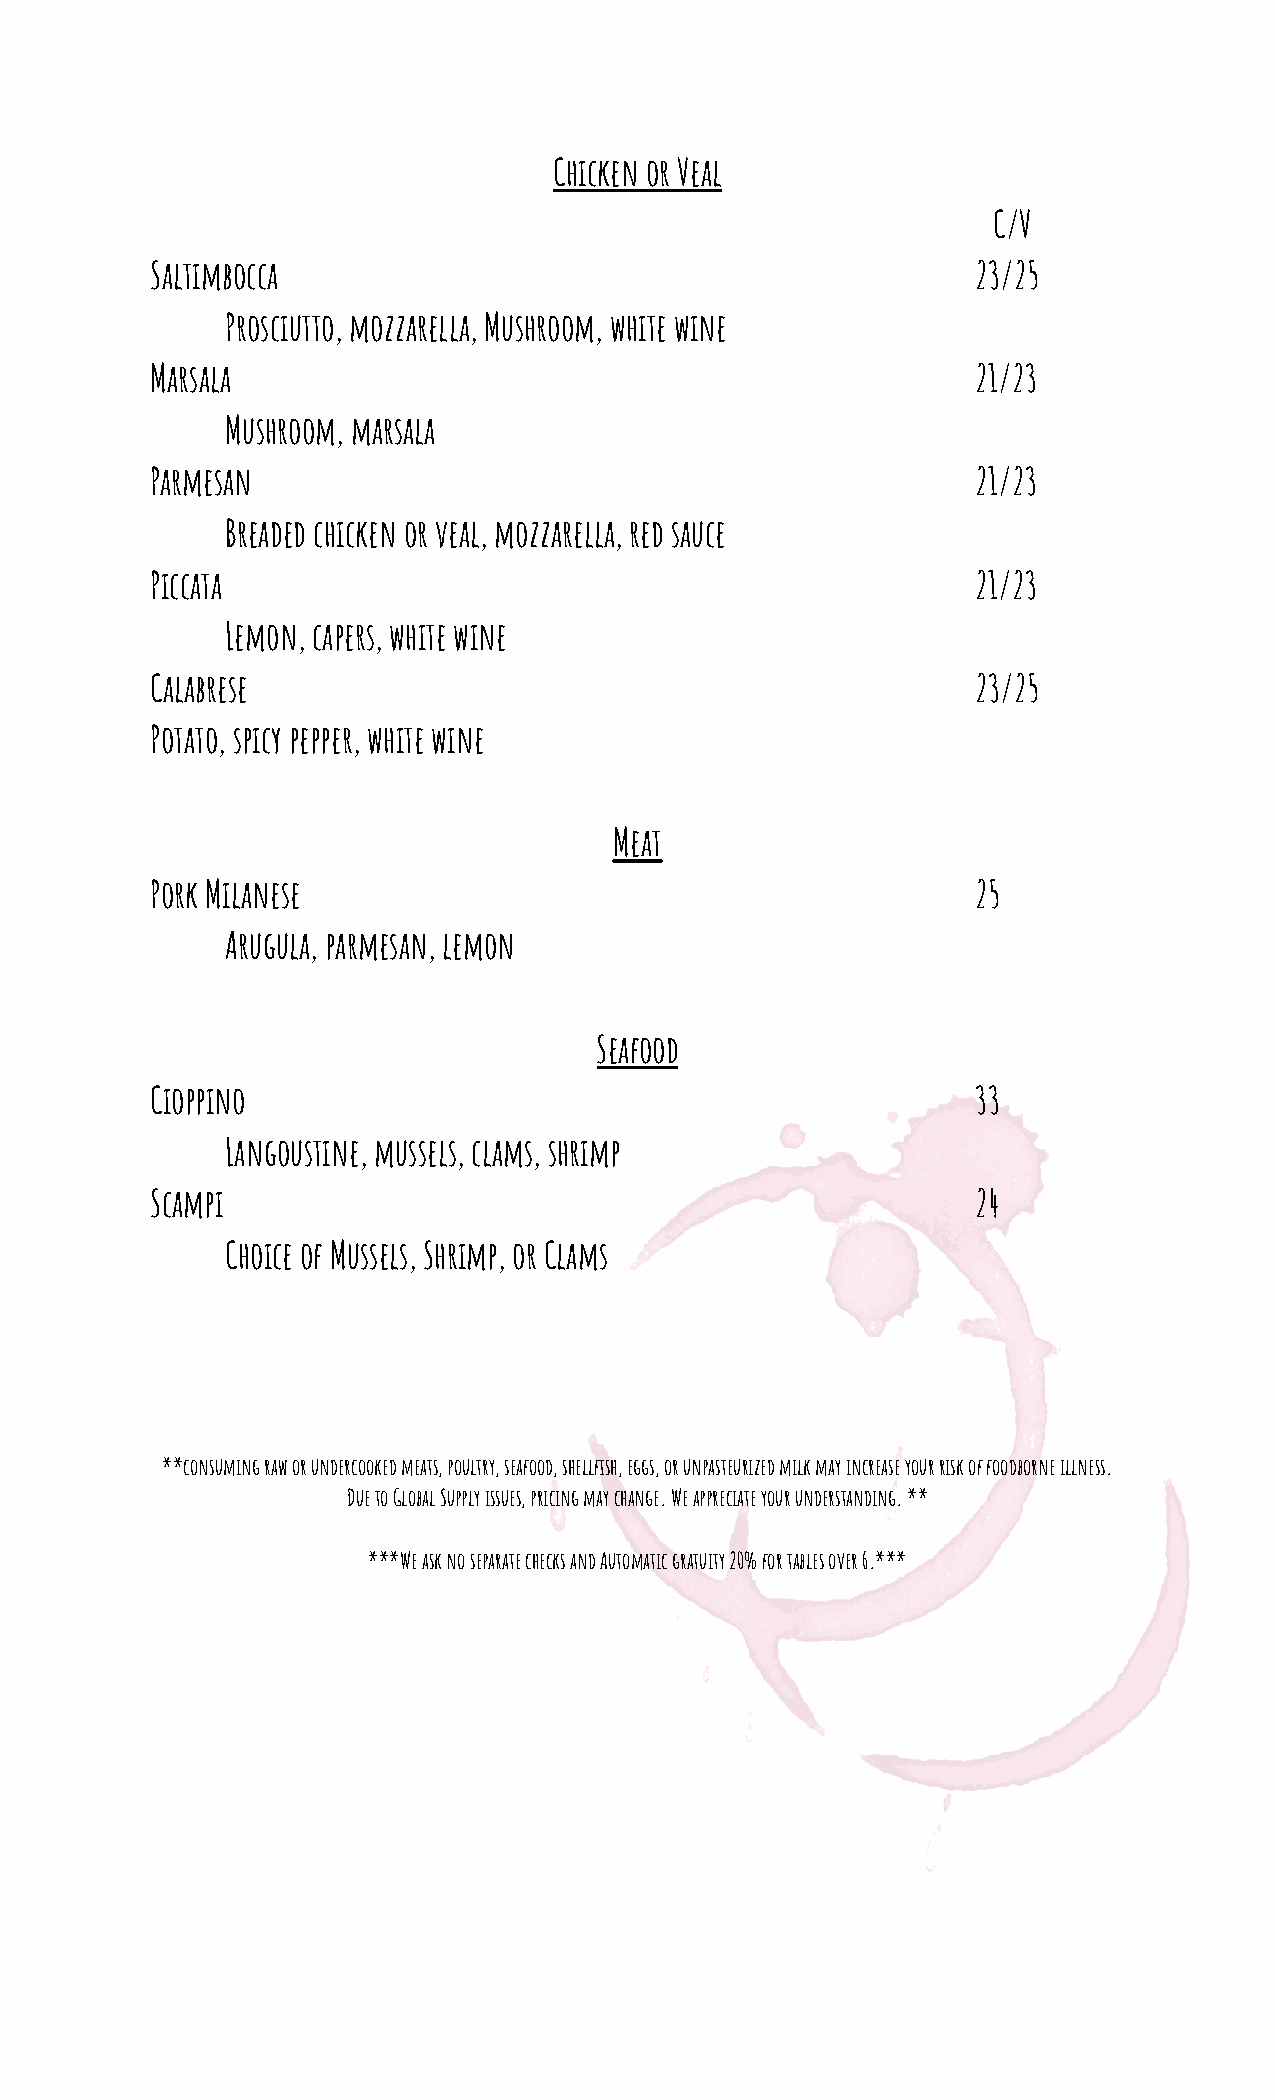
Chicken or Veal
 C/V
 Saltimbocca                                            23/25
 Prosciutto, mozzarella, Mushroom, white wine
 Marsala                                                21/23
 Mushroom, marsala
 Parmesan                                               21/23
 Breaded chicken or veal, mozzarella, red sauce
 Piccata                                                21/23
 Lemon, capers, white wine
 Calabrese                                              23/25
 Potato, spicy pepper, white wine
 Meat
 Pork Milanese                                          25
 Arugula, parmesan, lemon
 Seafood
 Cioppino                                               33
 Langoustine, mussels, clams, shrimp
 Scampi                                                 24
 Choice of Mussels, Shrimp, or Clams
 **consuming raw or undercooked meats, poultry, seafood, shellfish, eggs, or unpasteurized milk may increase your risk of foodborne illness.
 Due to Global Supply issues, pricing may change. We appreciate your understanding. **
 ***We ask no separate checks and Automatic gratuity 20% for tables over 6.***